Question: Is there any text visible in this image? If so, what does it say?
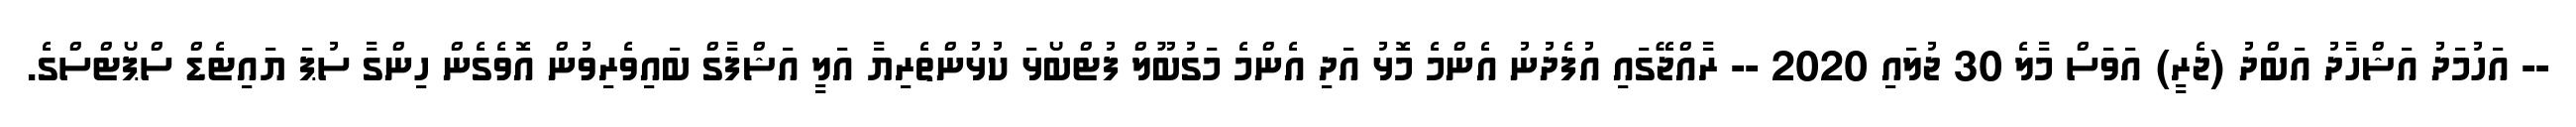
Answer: -- އަހުމަދު އަޝްހާދު އަބްދު (ޖެރީ) އަވަސް މާލެ 30 ޖުލައި 2020 -- ރާއްޖޭގައި އުފެދުނު އެންމެ މޮޅު އަދި އެންމެ މަގުބޫލް ފުޓްބޯޅަ ކުޅުންތެރިޔާ އަލީ އަޝްފާގް ބައިވެރިވުން އޮވެގެން ހިންގާ ސުޕަ ޔައިޓެޑް ސްޕޯޓްސްގެ.